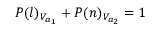
P ( l ) _ { V _ { a _ { 1 } } } + P ( n ) _ { V _ { a _ { 2 } } } = 1